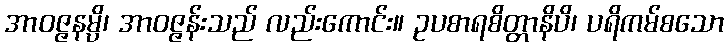
အာဝဇ္ဇနမ္ပိ၊ အာဝဇ္ဇန်းသည် လည်းကောင်း။ ဥပစာရစိတ္တာနိပိ၊ ပရိကမ်စသော